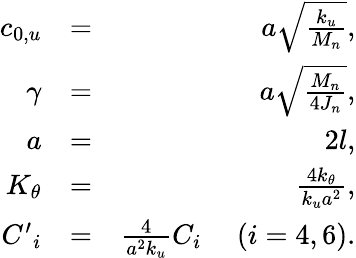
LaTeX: \begin{array}{rlr}{{{c}_{0,u}}}&{=}&{a\sqrt{\frac{{{k}_{u}}}{{{M}_{n}}}},}\\ {\gamma}&{=}&{a\sqrt{\frac{{{M}_{n}}}{4{{J}_{n}}}},}\\ {a}&{=}&{2l,}\\ {{{K}_{\theta}}}&{=}&{\frac{4{{k}_{\theta}}}{{{k}_{u}}{{a}^{2}}},}\\ {{{{C}^{\prime}}_{i}}}&{=}&{\frac{4}{{{a}^{2}}{{k}_{u}}}{{C}_{i}}\ \ \ \ \ (i=4,6).}\end{array}